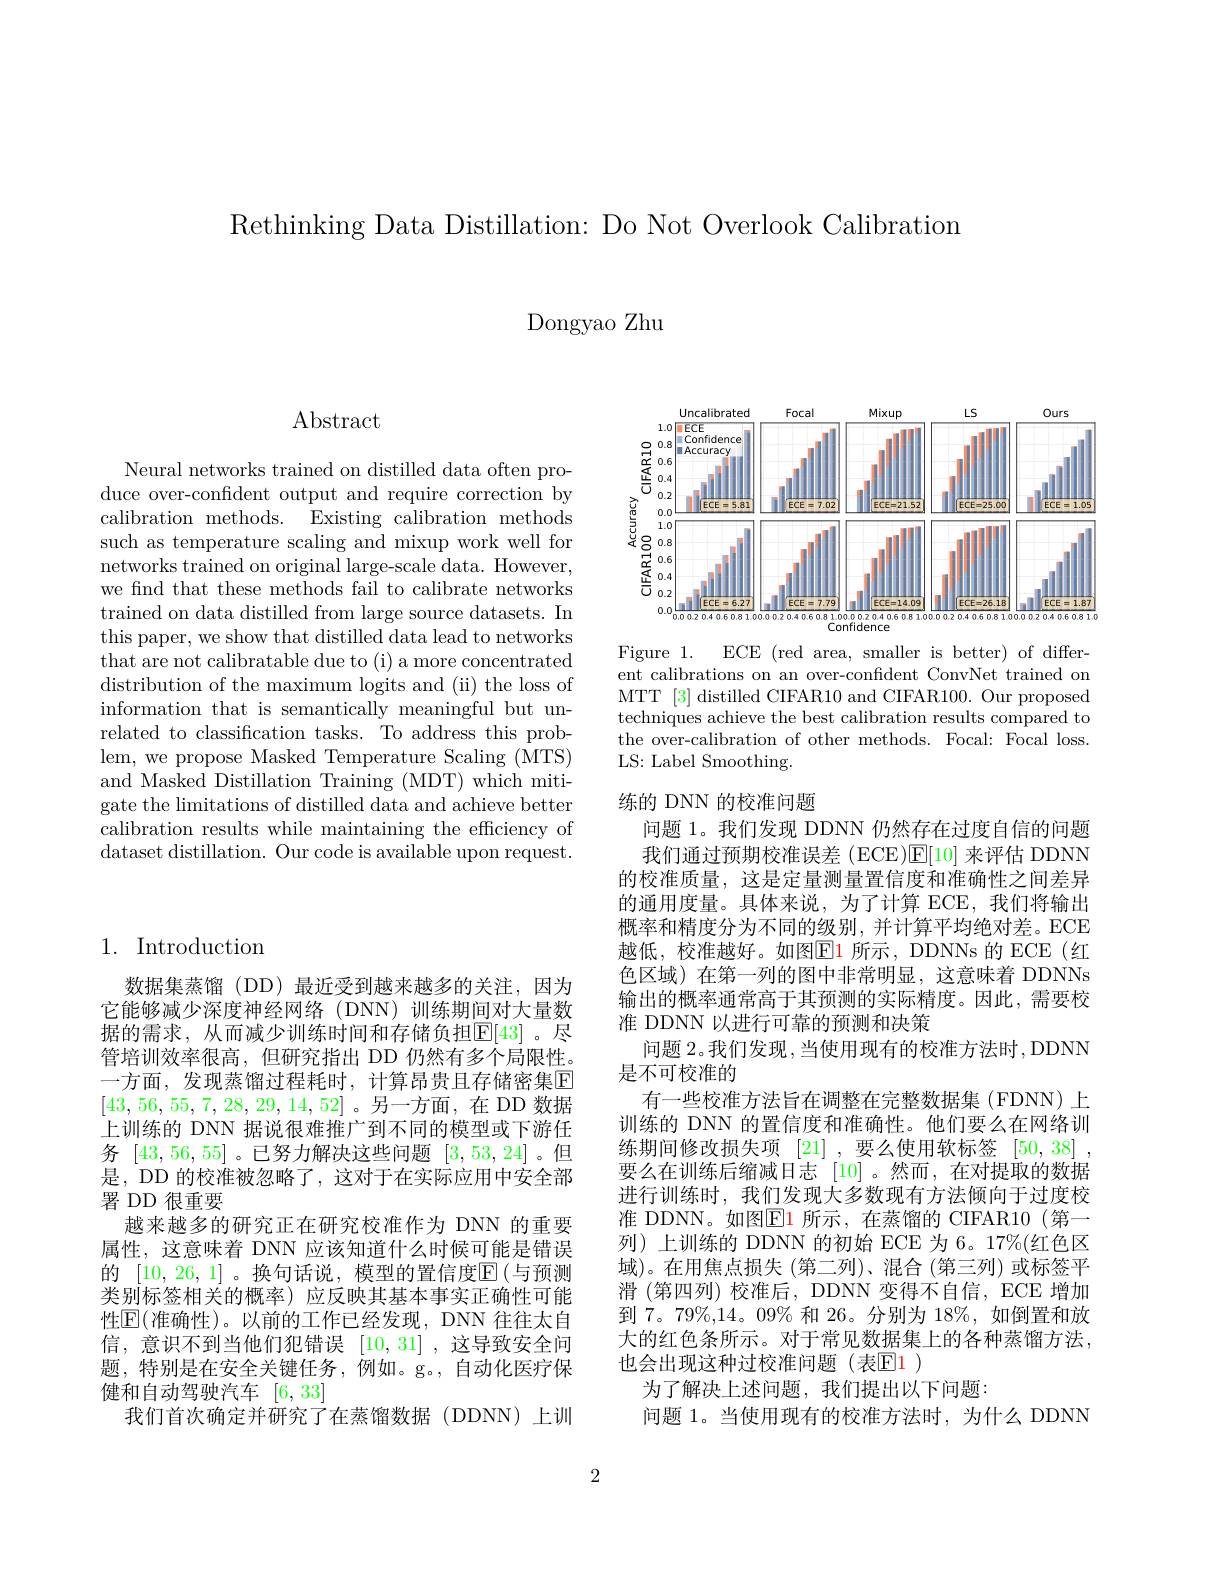
Rethinking Data Distillation: Do Not Overlook Calibration

Dongyao Zhu

Abstract

Neural networks trained on distilled data often produce over-confident output and require correction by calibration methods. Existing calibration methods such as temperature scaling and mixup work well for networks trained on original large-scale data. However, we find that these methods fail to calibrate networks trained on data distilled from large source datasets. In this paper, we show that distilled data lead to networks that are not calibratable due to (i) a more concentrated distribution of the maximum logits and (ii) the loss of information that is semantically meaningful but unrelated to classification tasks. To address this problem, we propose Masked Temperature Scaling (MTS) and Masked Distillation Training (MDT) which mitigate the limitations of distilled data and achieve better calibration results while maintaining the efficiency of dataset distillation. Our code is available upon request.

## 1. Introduction

数据集蒸馏(DD)最近受到越来越多的关注，因为它能够减少深度神经网络(DNN)训练期间对大量数据的需求，从而减少训练时间和存储负担$\mathbb{E}[43]$。尽管培训效率很高，但研究指出 DD 仍然有多个局限性。一方面，发现蒸馏过程耗时，计算昂贵且存储密集E [43,56,55,7,28,29,14,52]。另一方面，在 DD 数据上训练的 DNN 据说很难推广到不同的模型或下游任务[43,56,55] 。已努力解决这些问题[3,53,24] 。但是，DD 的校准被忽略了，这对于在实际应用中安全部署 DD 很重要
越来越多的研究正在研究校准作为 DNN 的重要属性，这意味着 DNN 应该知道什么时候可能是错误的 [10,26,1] 。换句话说，模型的置信度$\boxed{\mathrm{E}}($与预测类别标签相关的概率)应反映其基本事实正确性可能性$\boxed{\mathrm{E}}($准确性)。以前的工作已经发现，DNN 往往太自信，意识不到当他们犯错误[10,31] ,这导致安全问题，特别是在安全关键任务，例如。g。,自动化医疗保健和自动驾驶汽车[6,33]
我们首次确定并研究了在蒸馏数据(DDNN)上训

<FigureHere>

Figure 1. ECE (red area, smaller is better) of different calibrations on an over-confident ConvNet trained on MTT [3] distilled CIFAR10 and CIFAR100. Our proposed techniques achieve the best calibration results compared to the over-calibration of other methods. Focal: Focal loss. LS: Label Smoothing.

练的 DNN 的校准问题
问题 1。我们发现 DDNN 仍然存在过度自信的问题我们通过预期校准误差(ECE)$\mathbb{E}[10]$来评估 DDNN
的校准质量，这是定量测量置信度和准确性之间差异的通用度量。具体来说，为了计算 ECE,我们将输出概率和精度分为不同的级别，并计算平均绝对差。ECE 越低，校准越好。如图$\boxed{\mathrm{E}}1$ 所示，DDNNs 的 ECE(红色区域) 在第一列的图中非常明显，这意味着 DDNNs 输出的概率通常高于其预测的实际精度。因此，需要校准 DDNN 以进行可靠的预测和决策
问题 2。我们发现 , 当使用现有的校准方法时，DDNN
是不可校准的
有一些校准方法旨在调整在完整数据集(FDNN)上训练的 DNN 的置信度和准确性。他们要么在网络训练期间修改损失项 [21] ,要么使用软标签 [50,38] , 要么在训练后缩减日志 [10]。然而，在对提取的数据进行训练时，我们发现大多数现有方法倾向于过度校准 DDNN。如图$\boxed{\mathrm{E}}1$ 所示，在蒸馏的 CIFAR10(第一列)上训练的 DDNN 的初始 ECE 为 6。17%(红色区域)。在用焦点损失(第二列)、混合(第三列)或标签平滑 (第四列) 校准后，DDNN 变得不自信，ECE 增加到 7。79%,14。09% 和 26。分别为 18%, 如倒置和放大的红色条所示。对于常见数据集上的各种蒸馏方法， 也会出现这种过校准问题(表$\mathbb{E}\color{red}{1}$)
为了解决上述问题，我们提出以下问题：
问题 1。当使用现有的校准方法时，为什么 DDNN

2